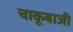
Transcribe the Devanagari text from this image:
चाकूबाजी